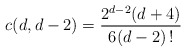
\begin{align*} c(d,d-2) = \frac{2^{d-2}(d+4)}{6(d-2)\,!}\end{align*}